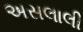
અસલાલી